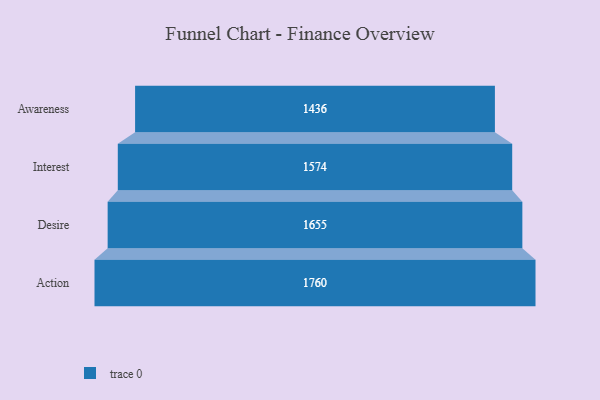
{"axis": {"x": "Stage", "y": "Value"}, "legend": [""], "data": [{"x": "Awareness", "y": 1436.0, "type": ""}, {"x": "Interest", "y": 1574.0, "type": ""}, {"x": "Desire", "y": 1655.0, "type": ""}, {"x": "Action", "y": 1760.0, "type": ""}]}